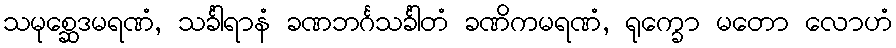
သမုစ္ဆေဒမရဏံ, သင်္ခါရာနံ ခဏဘင်္ဂသင်္ခါတံ ခဏိကမရဏံ, ရုက္ခော မတော လောဟံ